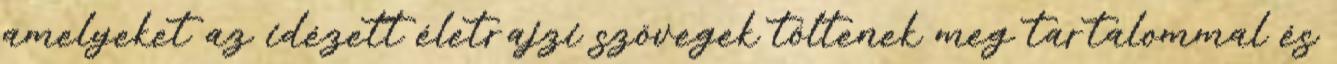
amelyeket az idézett életrajzi szövegek töltenek meg tartalommal és